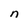
Character: n